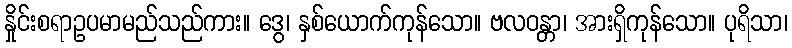
နှိုင်းစရာဥပမာမည်သည်ကား။ ဒွေ၊ နှစ်ယောက်ကုန်သော။ ဗလဝန္တာ၊ အားရှိကုန်သော။ ပုရိသာ၊